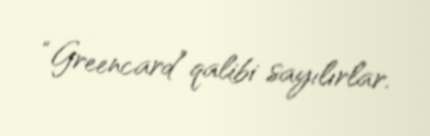
“Greencard” qalibi sayılırlar.